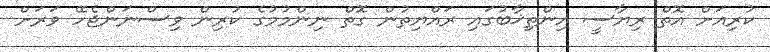
ކުރިއަށް އޮތް ރިޔާސީ އިންތިޚާބުގައި ރައްޔިތުން ގޮތް ނިންމުމުގެ ކުރިން ވިސްނަންޖެހޭ ވަރަށް